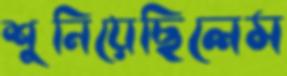
শুনিয়েছিলেম